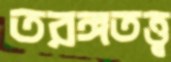
তরঙ্গতত্ত্ব